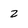
Character: 2